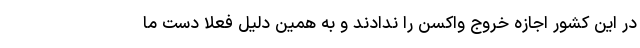
در این کشور اجازه خروج واکسن را ندادند و به همین دلیل فعلا دست ما